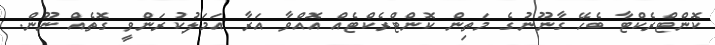
ކޮންޓްރެކްޓާ ބެހޭ ގާނޫނުގެ މަތިން ކޮންޓްރެކްޓެއް އޮއްވާ އަރާ އަމަލުކުރަންވީ ގޮތެއް ނޫން.